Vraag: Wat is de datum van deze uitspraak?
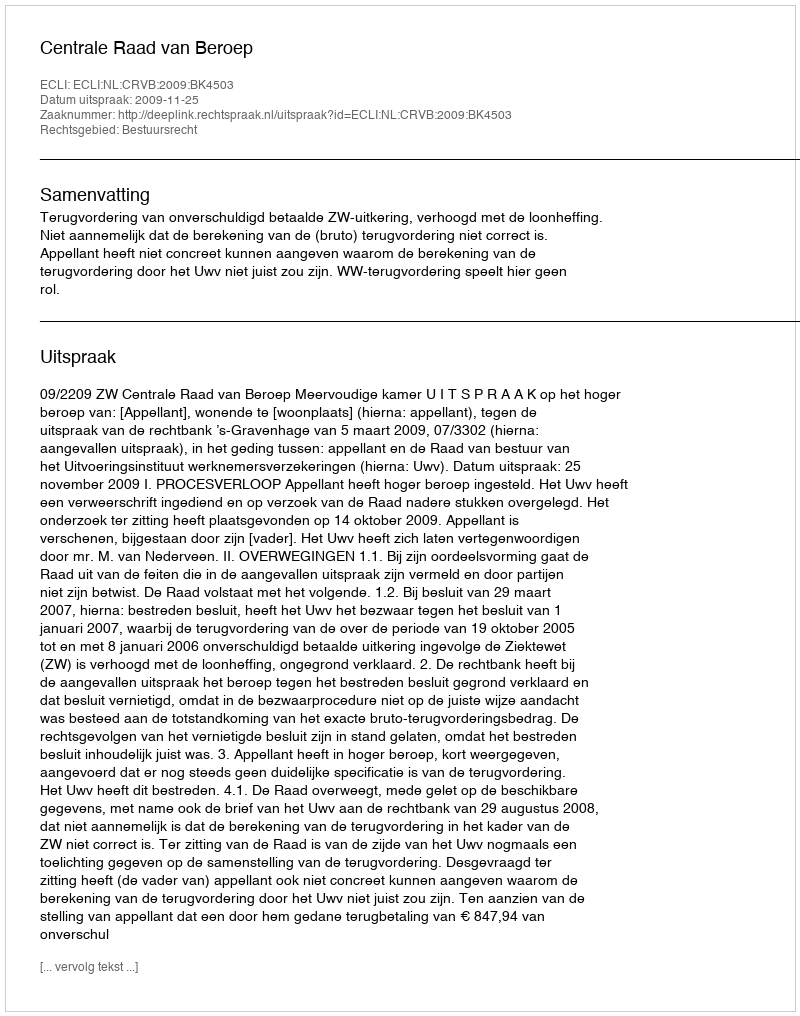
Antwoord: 2009-11-25